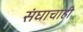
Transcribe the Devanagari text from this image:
संघाचाही